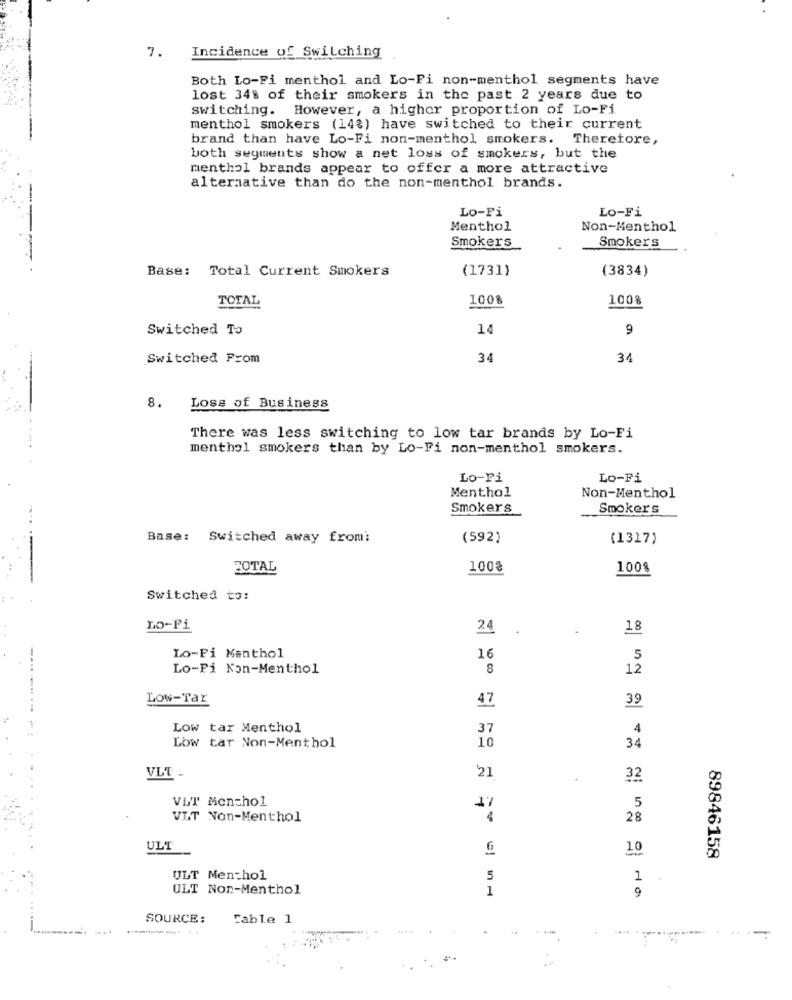
7.
Incidence of Switching
Both Lo-Fi menthol and Lo-Fi non-menthol segments have
lost 348 of their smokers in the past 2 years due to
switching. However, a higher proportion of Lo-Fi
menthol smokers (143) have switched to their current
brand than have Lo-Fi non-menthol smokers. Therefore,
both segments show a net loss of smokers, but the
menthol brands appear to offer a more attractive
alternative than do the non-menthol brands.
Lo-Fi
Lo-Fi
Menthol
Non-Menthol
Smokers
Smokers
Base: Total Current Smokers
(1731)
(3834)
TOTAL
1008
100%
Switched To
14
9
Switched Prom
34
34
8.
Loss of Business
There was less switching to low tar brands by Lo-Fi
menthol smokers than by Lo-Fi non-menthol smokers.
Lo-ri
Lo-Fi
Menthol
Non-Menthol
Smokers
Smokers
Base: Switched away from:
(592)
(1317)
TOTAL
100%
100%
Switched to:
LO-Fi
24
18
Lo-Fi Menthol
16
5
Lo-Pi Non-Menthol
8
12
.... ..... .
Low-Tar
47
39
Low tar Menthol
37
4
10
Low tar Non-Menthol
34
'21
VLT
32
VLT Menthol
17
5
VIT Non-Menthol
28
ULT
10
89846158
ULT Menthol
5
1
ULT Non-Menthol
1
9
SOURCE :
Cable 1
............. ..